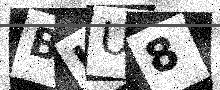
Text: BUU8